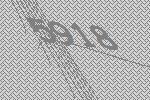
5918